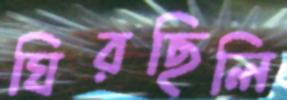
ঘিরছিলি